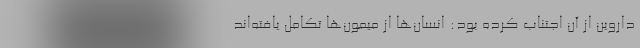
داروین از آن اجتناب کرده بود: انسان‌ها از میمون‌ها تکامل یافته‌اند